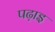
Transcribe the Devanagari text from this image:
पढ़ाइ